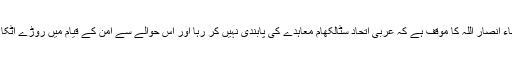
دراین اثناء انصار اللہ کا موقف ہے کہ عربی اتحاد سٹالکھام معاہدے کی پابندی نہیں کر رہا اور اس حوالے سے امن کے قیام میں روڑے اٹکا رہا ہے۔